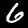
Label: 6